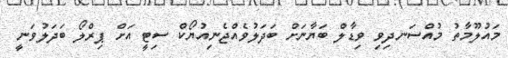
މައުލޫމާތު މުއްސަނދިވި ވިޑާލް ބަޔާނަށް ބަދަލުވެއްޖެނިއުޔޯކް ސިޓީ އަށް ޕިރްލޯ ބަދަލުވަނީ